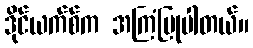
ဒိုင်ယက်စ်က အကြံပြုပါတယ်။